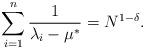
LaTeX: \begin{align*}\sum\limits_{i=1}^n\frac{1}{\lambda_i-\mu^*}&=N^{1-\delta}.\end{align*}